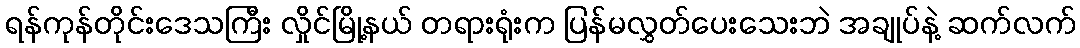
ရန်ကုန်တိုင်းဒေသကြီး လှိုင်မြို့နယ် တရားရုံးက ပြန်မလွှတ်ပေးသေးဘဲ အချုပ်နဲ့ ဆက်လက်